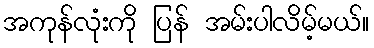
အကုန်လုံးကို ပြန် အမ်းပါလိမ့်မယ်။